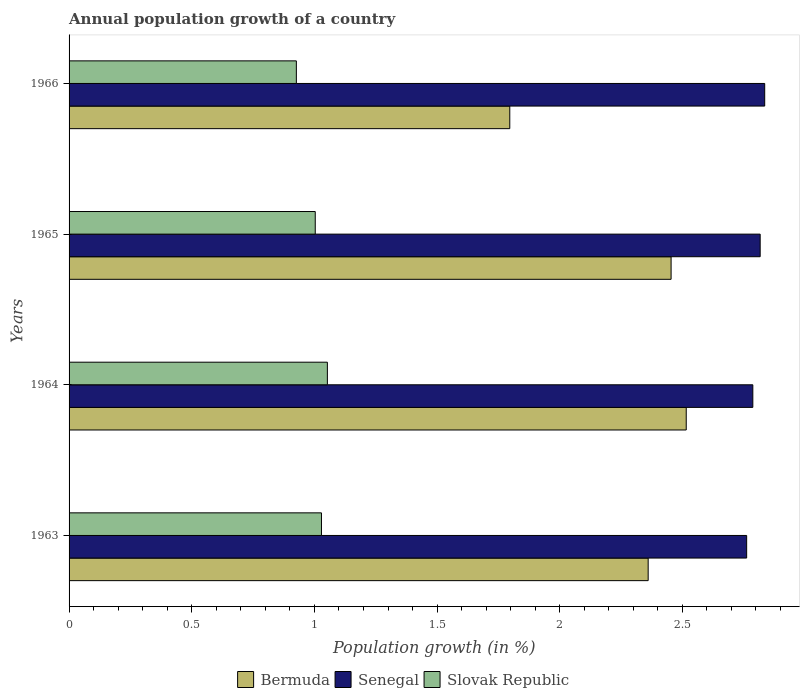
| Years | Bermuda | Senegal | Slovak Republic |
 | --- | --- | --- | --- |
 | 1963 | 2.36 | 2.76 | 1.03 |
 | 1964 | 2.52 | 2.79 | 1.05 |
 | 1965 | 2.45 | 2.82 | 1 |
 | 1966 | 1.8 | 2.84 | 0.926 |